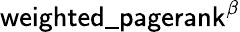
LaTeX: \mathsf{weighted\_ pagerank}^{\beta}